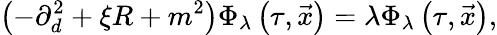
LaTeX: \left(-\partial_{d}^{2}+\xi R+m^{2}\right)\Phi_{\lambda}\left(\tau,\vec{x}\right)=\lambda\Phi_{\lambda}\left(\tau,\vec{x}\right),